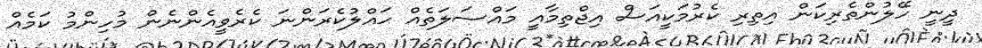
ދީނީ ހޭލުންތެރިކަން އިތިރި ކެރުމަކީއަސް އިޖްތިމާއީ މައްސަލަތެއް ހައްލުކެރަންނަ ކެރެވީއެންނެން މުހިންމު ކަމެއް